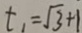
t _ { 1 } = \sqrt { 3 } + 1